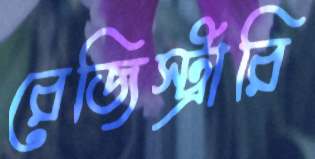
রেজিস্ট্রারি